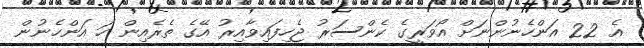
އެ 22 އަންހެނުންނަށް އޯވަރީގެ ކެންސަރު ޖެހިފައިވާއިރު އޭގެ ތެރެއިން ހަ އަންހެނުން